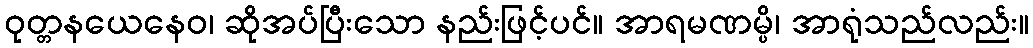
ဝုတ္တနယေနေဝ၊ ဆိုအပ်ပြီးသော နည်းဖြင့်ပင်။ အာရမဏမ္ပိ၊ အာရုံသည်လည်း။